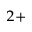
^ { 2 + }